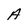
Character: A